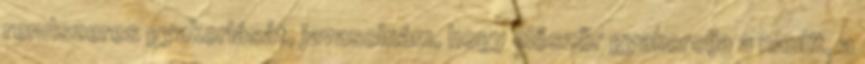
rendszeres gyakorlását, javasolnám, hogy először gyakorolja a naulít, a